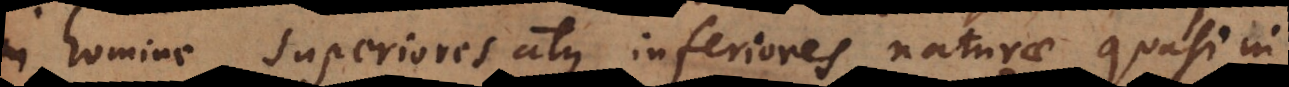
in homine superiores atque inferiores naturae quasi in